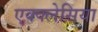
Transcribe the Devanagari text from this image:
एक्क्लेसिया